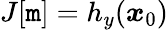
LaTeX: J[\boldsymbol{\mathtt{m}}]=h_{y}(\boldsymbol{x}_{0})